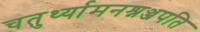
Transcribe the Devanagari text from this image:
चतुर्थ्यामनश्नञ्जपति